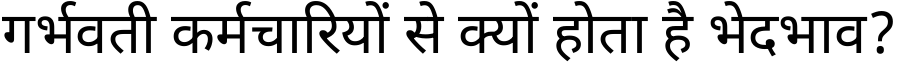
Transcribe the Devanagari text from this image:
गर्भवती कर्मचारियों से क्यों होता है भेदभाव?